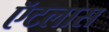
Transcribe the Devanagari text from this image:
ऍटलास